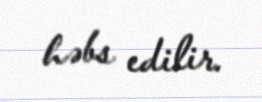
həbs edilir.